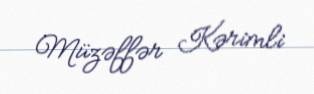
Müzəffər Kərimli